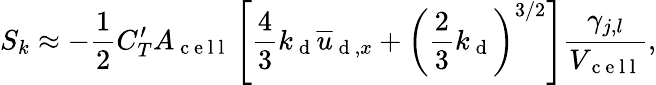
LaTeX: S_{k}\approx-\frac{1}{2}C_{T}^{\prime}A_{\mathrm{~c~e~l~l~}}\left[\frac{4}{3}k_{\mathrm{~d~}}\overline{{u}}_{\mathrm{~d~},x}+\left(\frac{2}{3}k_{\mathrm{~d~}}\right)^{3/2}\right]\frac{\gamma_{j,l}}{V_{\mathrm{~c~e~l~l~}}},